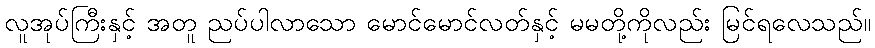
လူအုပ်ကြီးနှင့် အတူ ညပ်ပါလာသော မောင်မောင်လတ်နှင့် မမတို့ကိုလည်း မြင်ရလေသည်။